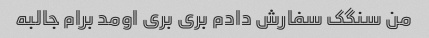
من سنگک سفارش دادم بری بری اومد برام جالبه